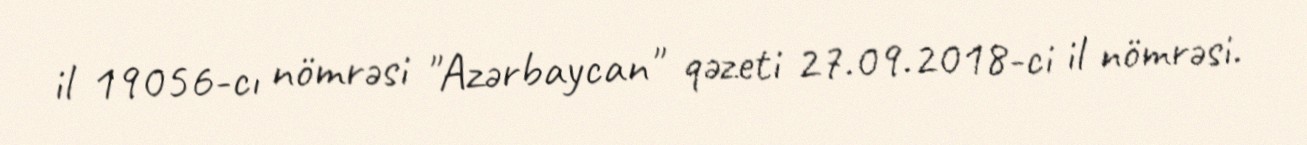
il 19056-cı nömrəsi "Azərbaycan" qəzeti 27.09.2018-ci il nömrəsi.